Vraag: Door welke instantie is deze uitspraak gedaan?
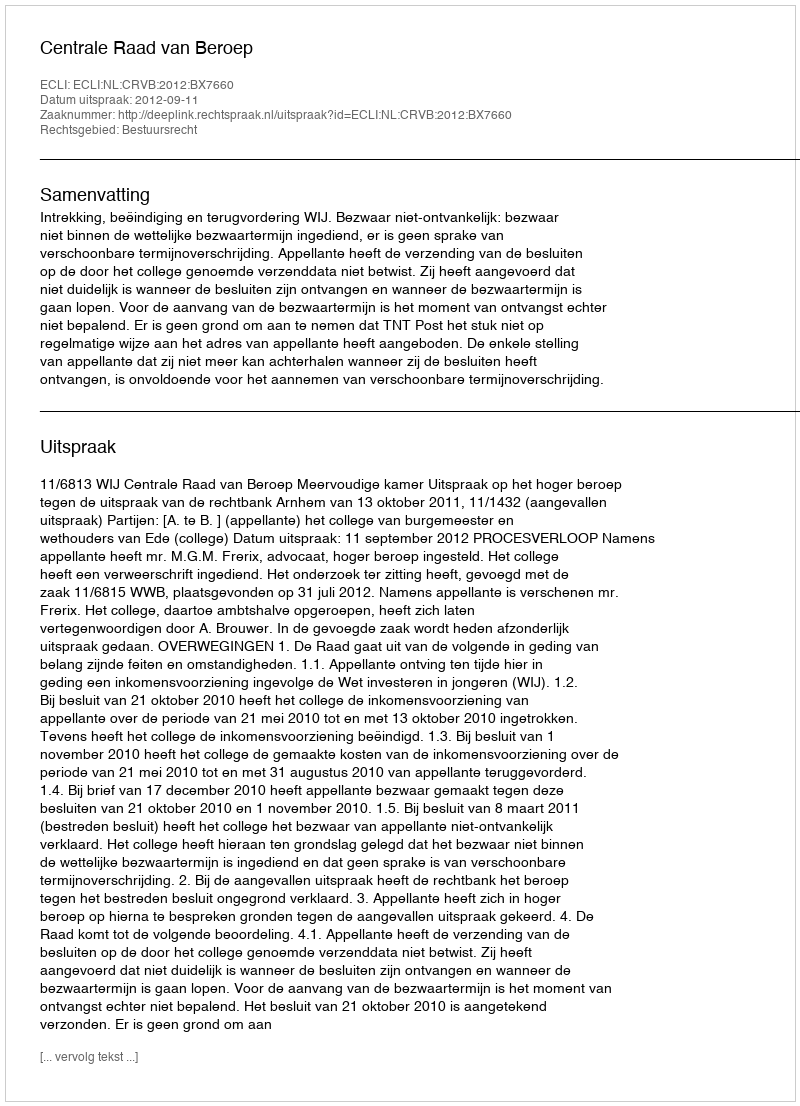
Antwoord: Centrale Raad van Beroep